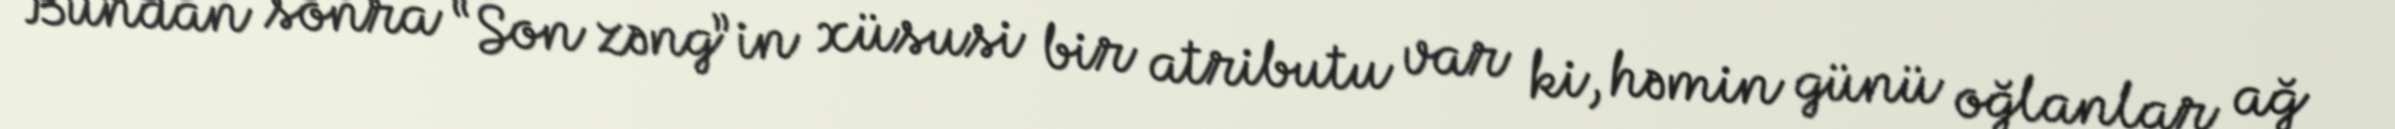
Bundan sonra “Son zəng”in xüsusi bir atributu var ki, həmin günü oğlanlar ağ